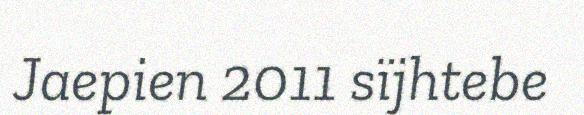
Jaepien 2011 sïjhtebe